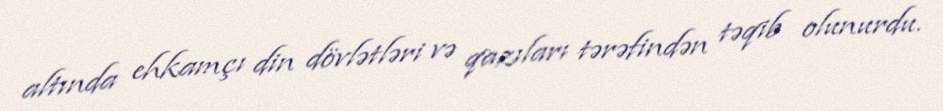
altında ehkamçı din dövlətləri və qazıları tərəfindən təqib olunurdu.